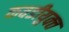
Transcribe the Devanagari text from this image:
कवडीयुक्‍त